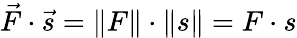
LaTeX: {\vec{F}}\cdot{\vec{s}}=\| F\| \cdot\| s\| =F\cdot s